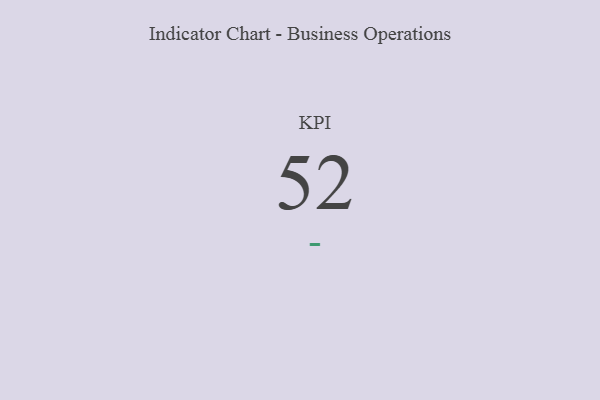
{"axis": {"x": "KPI", "y": "Value"}, "legend": [""], "data": [{"x": "KPI", "y": 52, "type": ""}]}